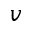
v